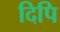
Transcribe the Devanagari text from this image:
दिपि